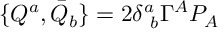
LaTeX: \{ { \cal Q } ^ { a } , \bar { { \cal Q } } _ { b } \} = 2 \delta _ { ~ b } ^ { a } \Gamma ^ { A } P _ { A }